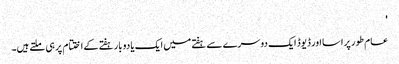
'
عام طور پر اسا اور ڈیوڈ ایک دوسرے سے ہفتے میں ایک یا دو بار ہفتے کے اختتام پر ہی ملتے ہیں۔